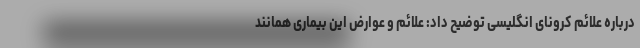
درباره علائم کرونای انگلیسی توضیح داد: علائم و عوارض این بیماری همانند